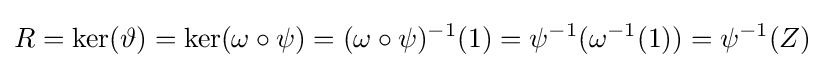
R=\ker(\vartheta )=\ker(\omega \circ \psi )=(\omega \circ \psi )^{-1}(1)=\psi ^{-1}(\omega ^{-1}(1))=\psi ^{-1}(Z)